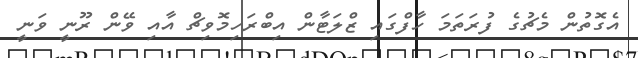
އެގޮތުން މެޗުގެ ފުރަތަމަ ހާފްގައި ޒްލަޓާން އިބްރަހިމޮވިޗް އާއި ވޭން ރޫނީ ވަނީ